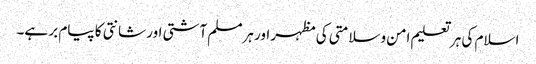
اسلام کی ہر تعلیم امن وسلامتی کی مظہر اور ہرمسلم آشتی اور شانتی کا پیام بر ہے۔